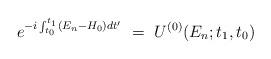
LaTeX: \begin{align*}e^{-i \int_{t_0}^{t_1} (E_n-H_0)dt'} ~=~ U^{(0)}(E_n;t_1,t_0) \end{align*}